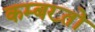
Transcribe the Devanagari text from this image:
कम्बख़्तों